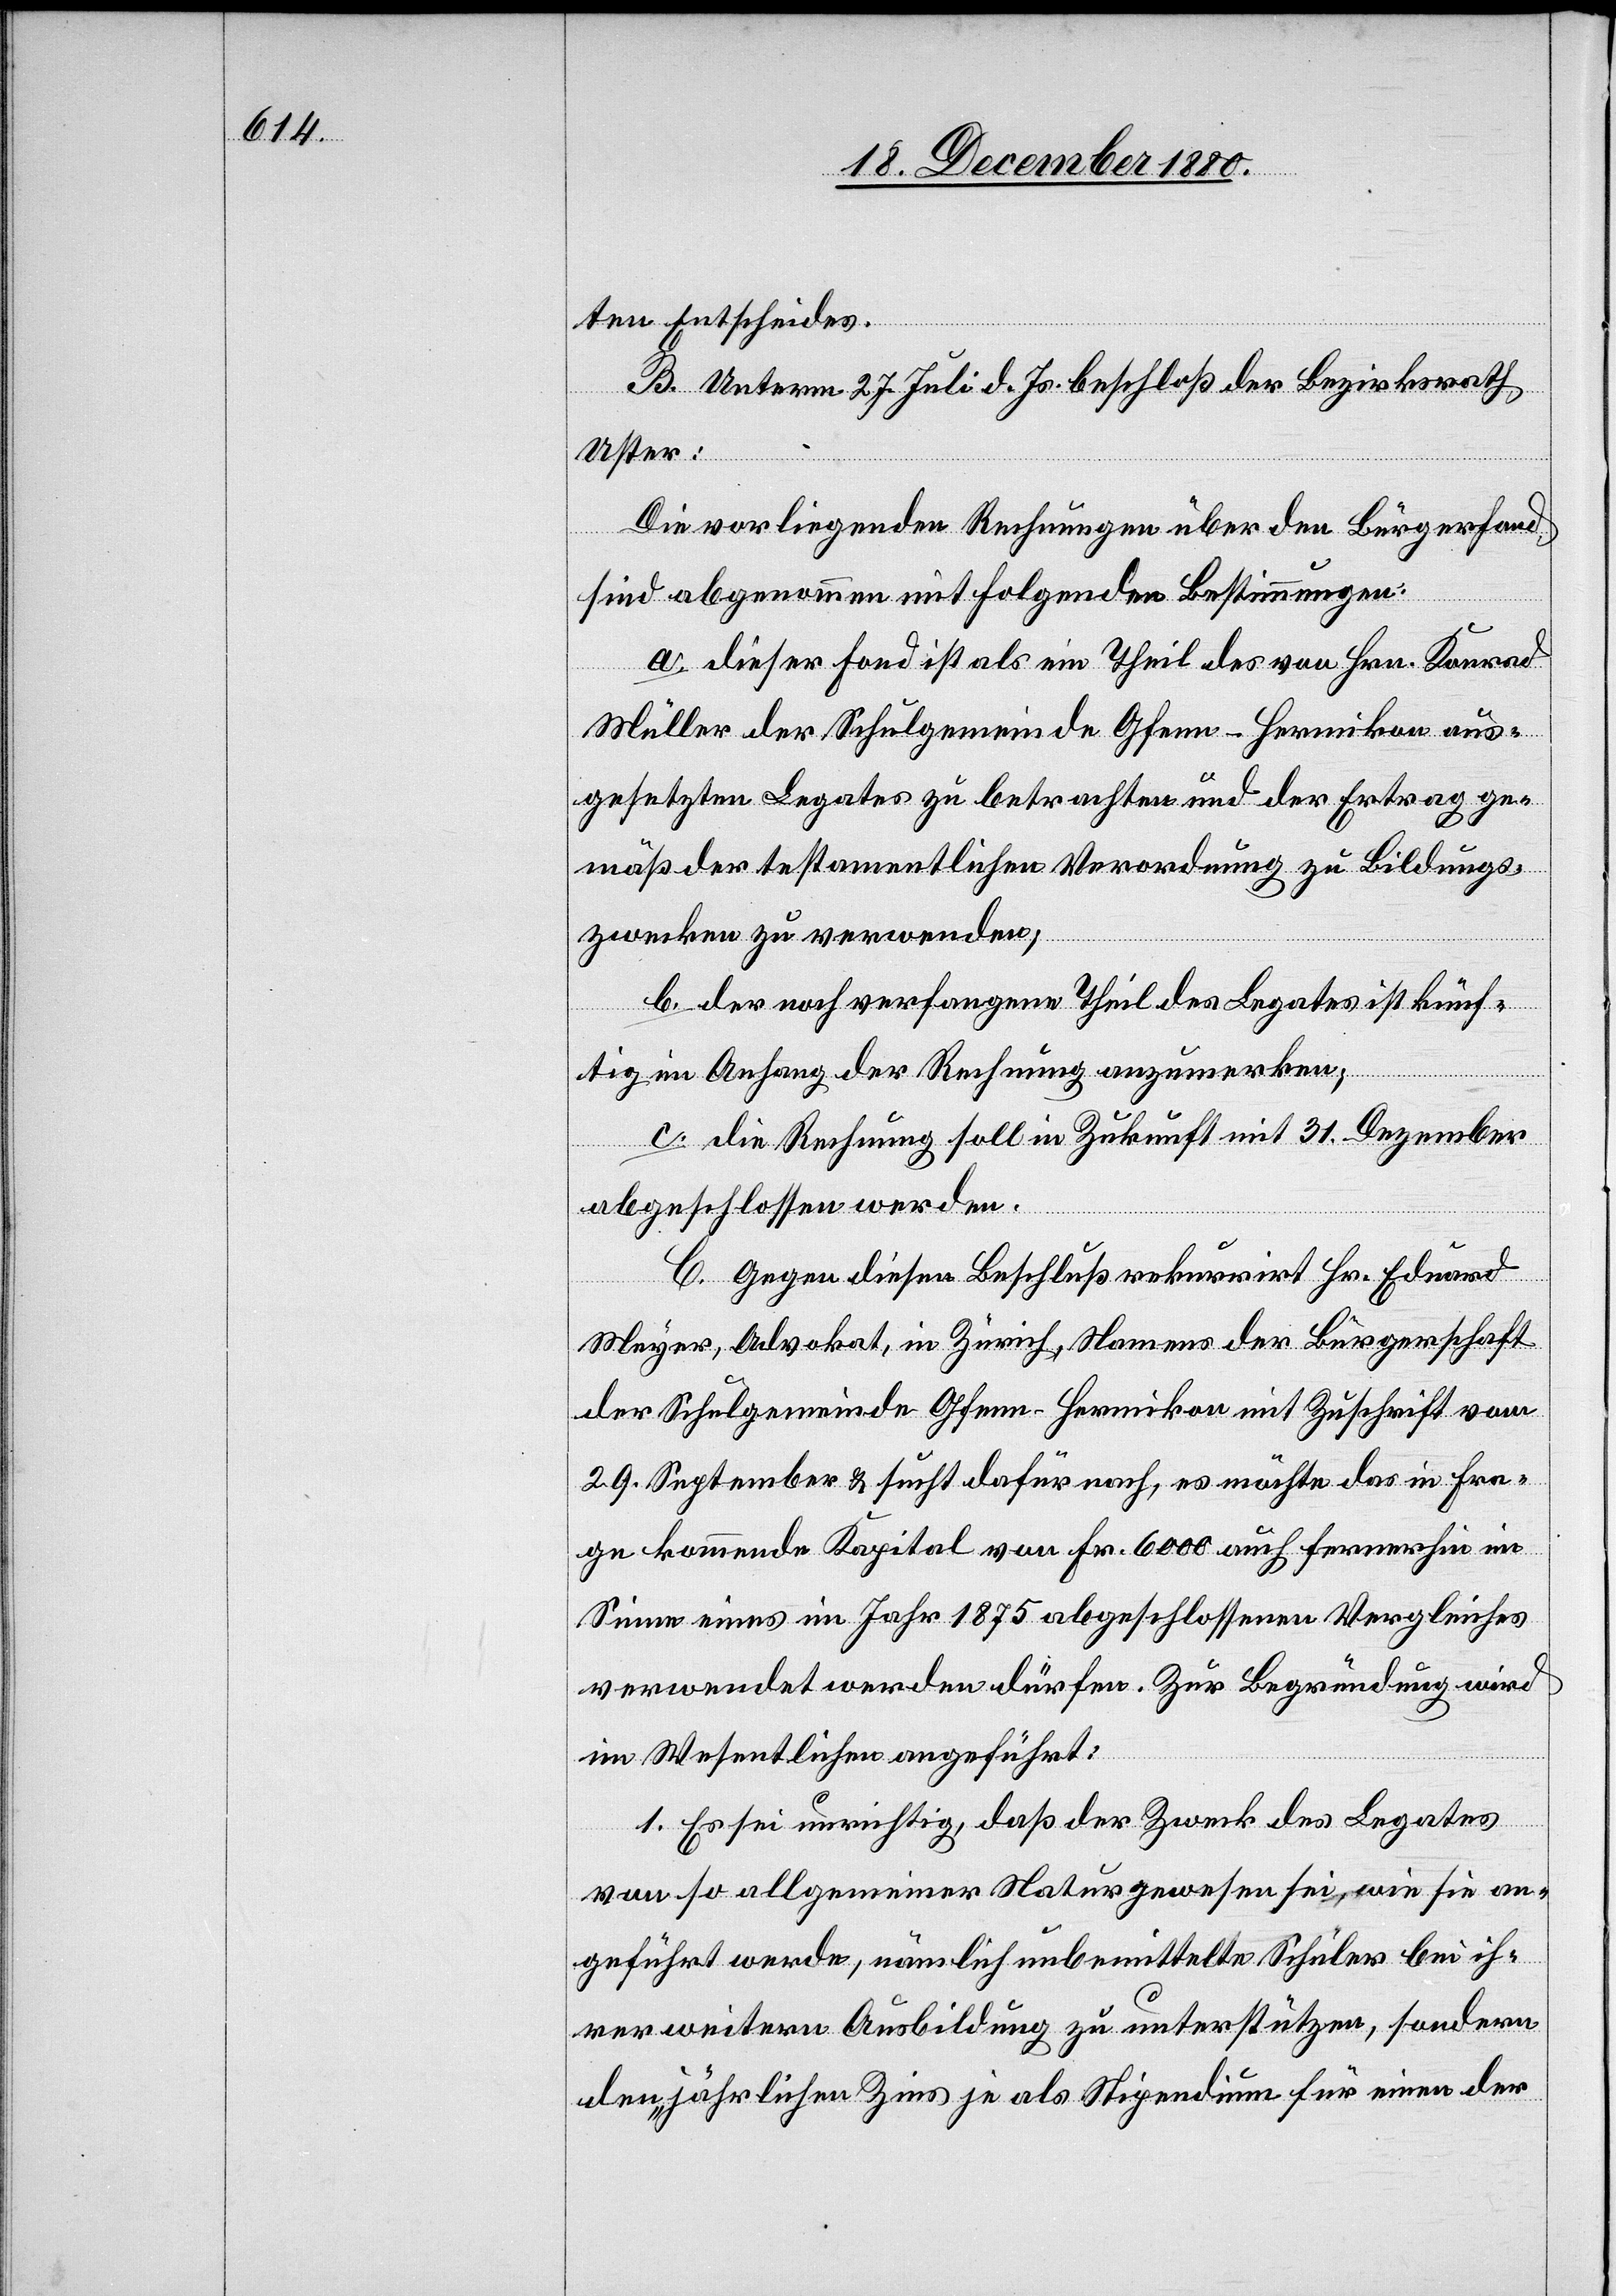
ten Entscheides.
B. Unterm 27. Juli d. Js. beschloß der Bezirksrath
Uster:
Die vorliegenden Rechnungen über den Bürgerfond
sind abgenommen mit folgenden Bestimmungen:
a. dieser Fond ist als ein Theil des von Hrn. Konrad
Müller der Schulgemeinde Gfenn - Hermikon aus¬
gesetzten Legates zu betrachten und der Ertrag ge¬
mäß der testamentlichen Verordnung zu Bildungs¬
zwecken zu verwenden;
b. der noch verfangene Theil des Legates ist künf¬
tig im Anfang der Rechnung anzumerken;
c. die Rechnung soll in Zukunft mit 31. Dezember
abgeschlossen werden.
C. Gegen diesen Beschluß rekurrirt Hr. Eduard
Meyer, Advokat, in Zürich, Namens der Bürgerschaft
der Schulgemeinde Gfenn - Hermikon mit Zuschrift vom
29. September & sucht dafür nach, es möchte das in Fra¬
ge kommende Kapital von Fr. 6000 auch fernerhin im
Sinne eines im Jahr 1875 abgeschlossenen Vergleiches
verwendet werden dürfen. Zur Begründung wird
im Wesentlichen angeführt:
1. Es sei unrichtig, daß der Zweck des Legates
von so allgemeiner Natur gewesen sei, wie sie an¬
geführt werde, nämlich unbemittelte Schüler bei ih¬
rer weiteren Ausbildung zu unterstützen, sondern
den jährlichen Zins je als Stipendium für einen der